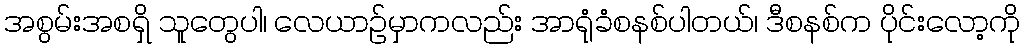
အစွမ်းအစရှိ သူတွေပါ၊ လေယာဉ်မှာကလည်း အာရုံခံစနစ်ပါတယ်၊ ဒီစနစ်က ပိုင်းလော့ကို